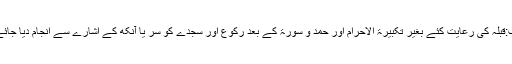
جواب:قبلہ کی رعایت کئے بغیر تکبیرۃ الاحرام اور حمد و سورۃ کے بعد رکوع اور سجدے کو سر یا آنکھ کے اشارے سے انجام دیا جائے گا۔